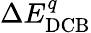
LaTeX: \Delta E_{\mathrm{DCB}}^{q}